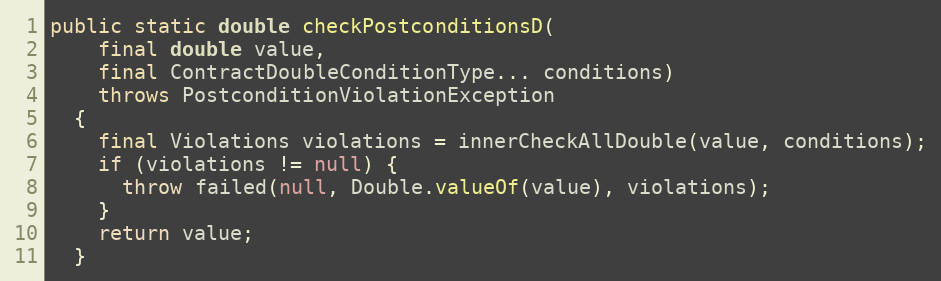
Language: Java
public static double checkPostconditionsD(
    final double value,
    final ContractDoubleConditionType... conditions)
    throws PostconditionViolationException
  {
    final Violations violations = innerCheckAllDouble(value, conditions);
    if (violations != null) {
      throw failed(null, Double.valueOf(value), violations);
    }
    return value;
  }